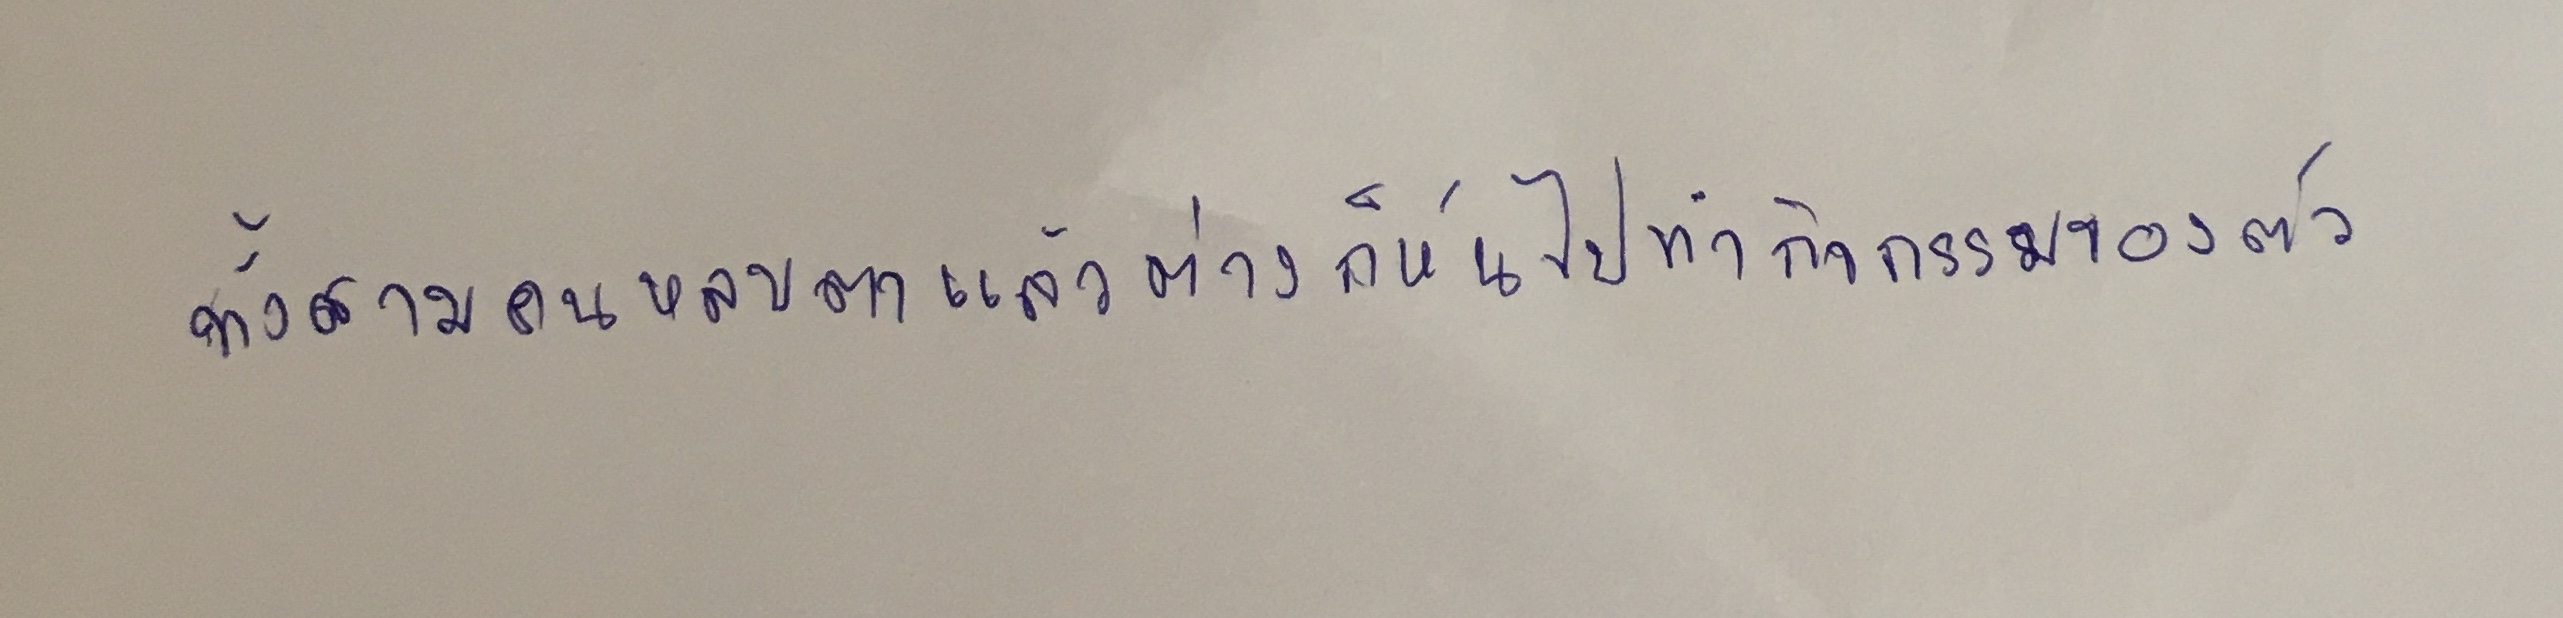
ทั้งสามคนหลบตาแล้วต่างก็หันไปทำกิจกรรมของตัว